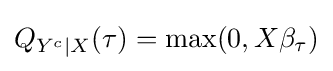
Q_{Y^{c}|X}(\tau )=\max(0,X\beta _{\tau })